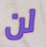
لن